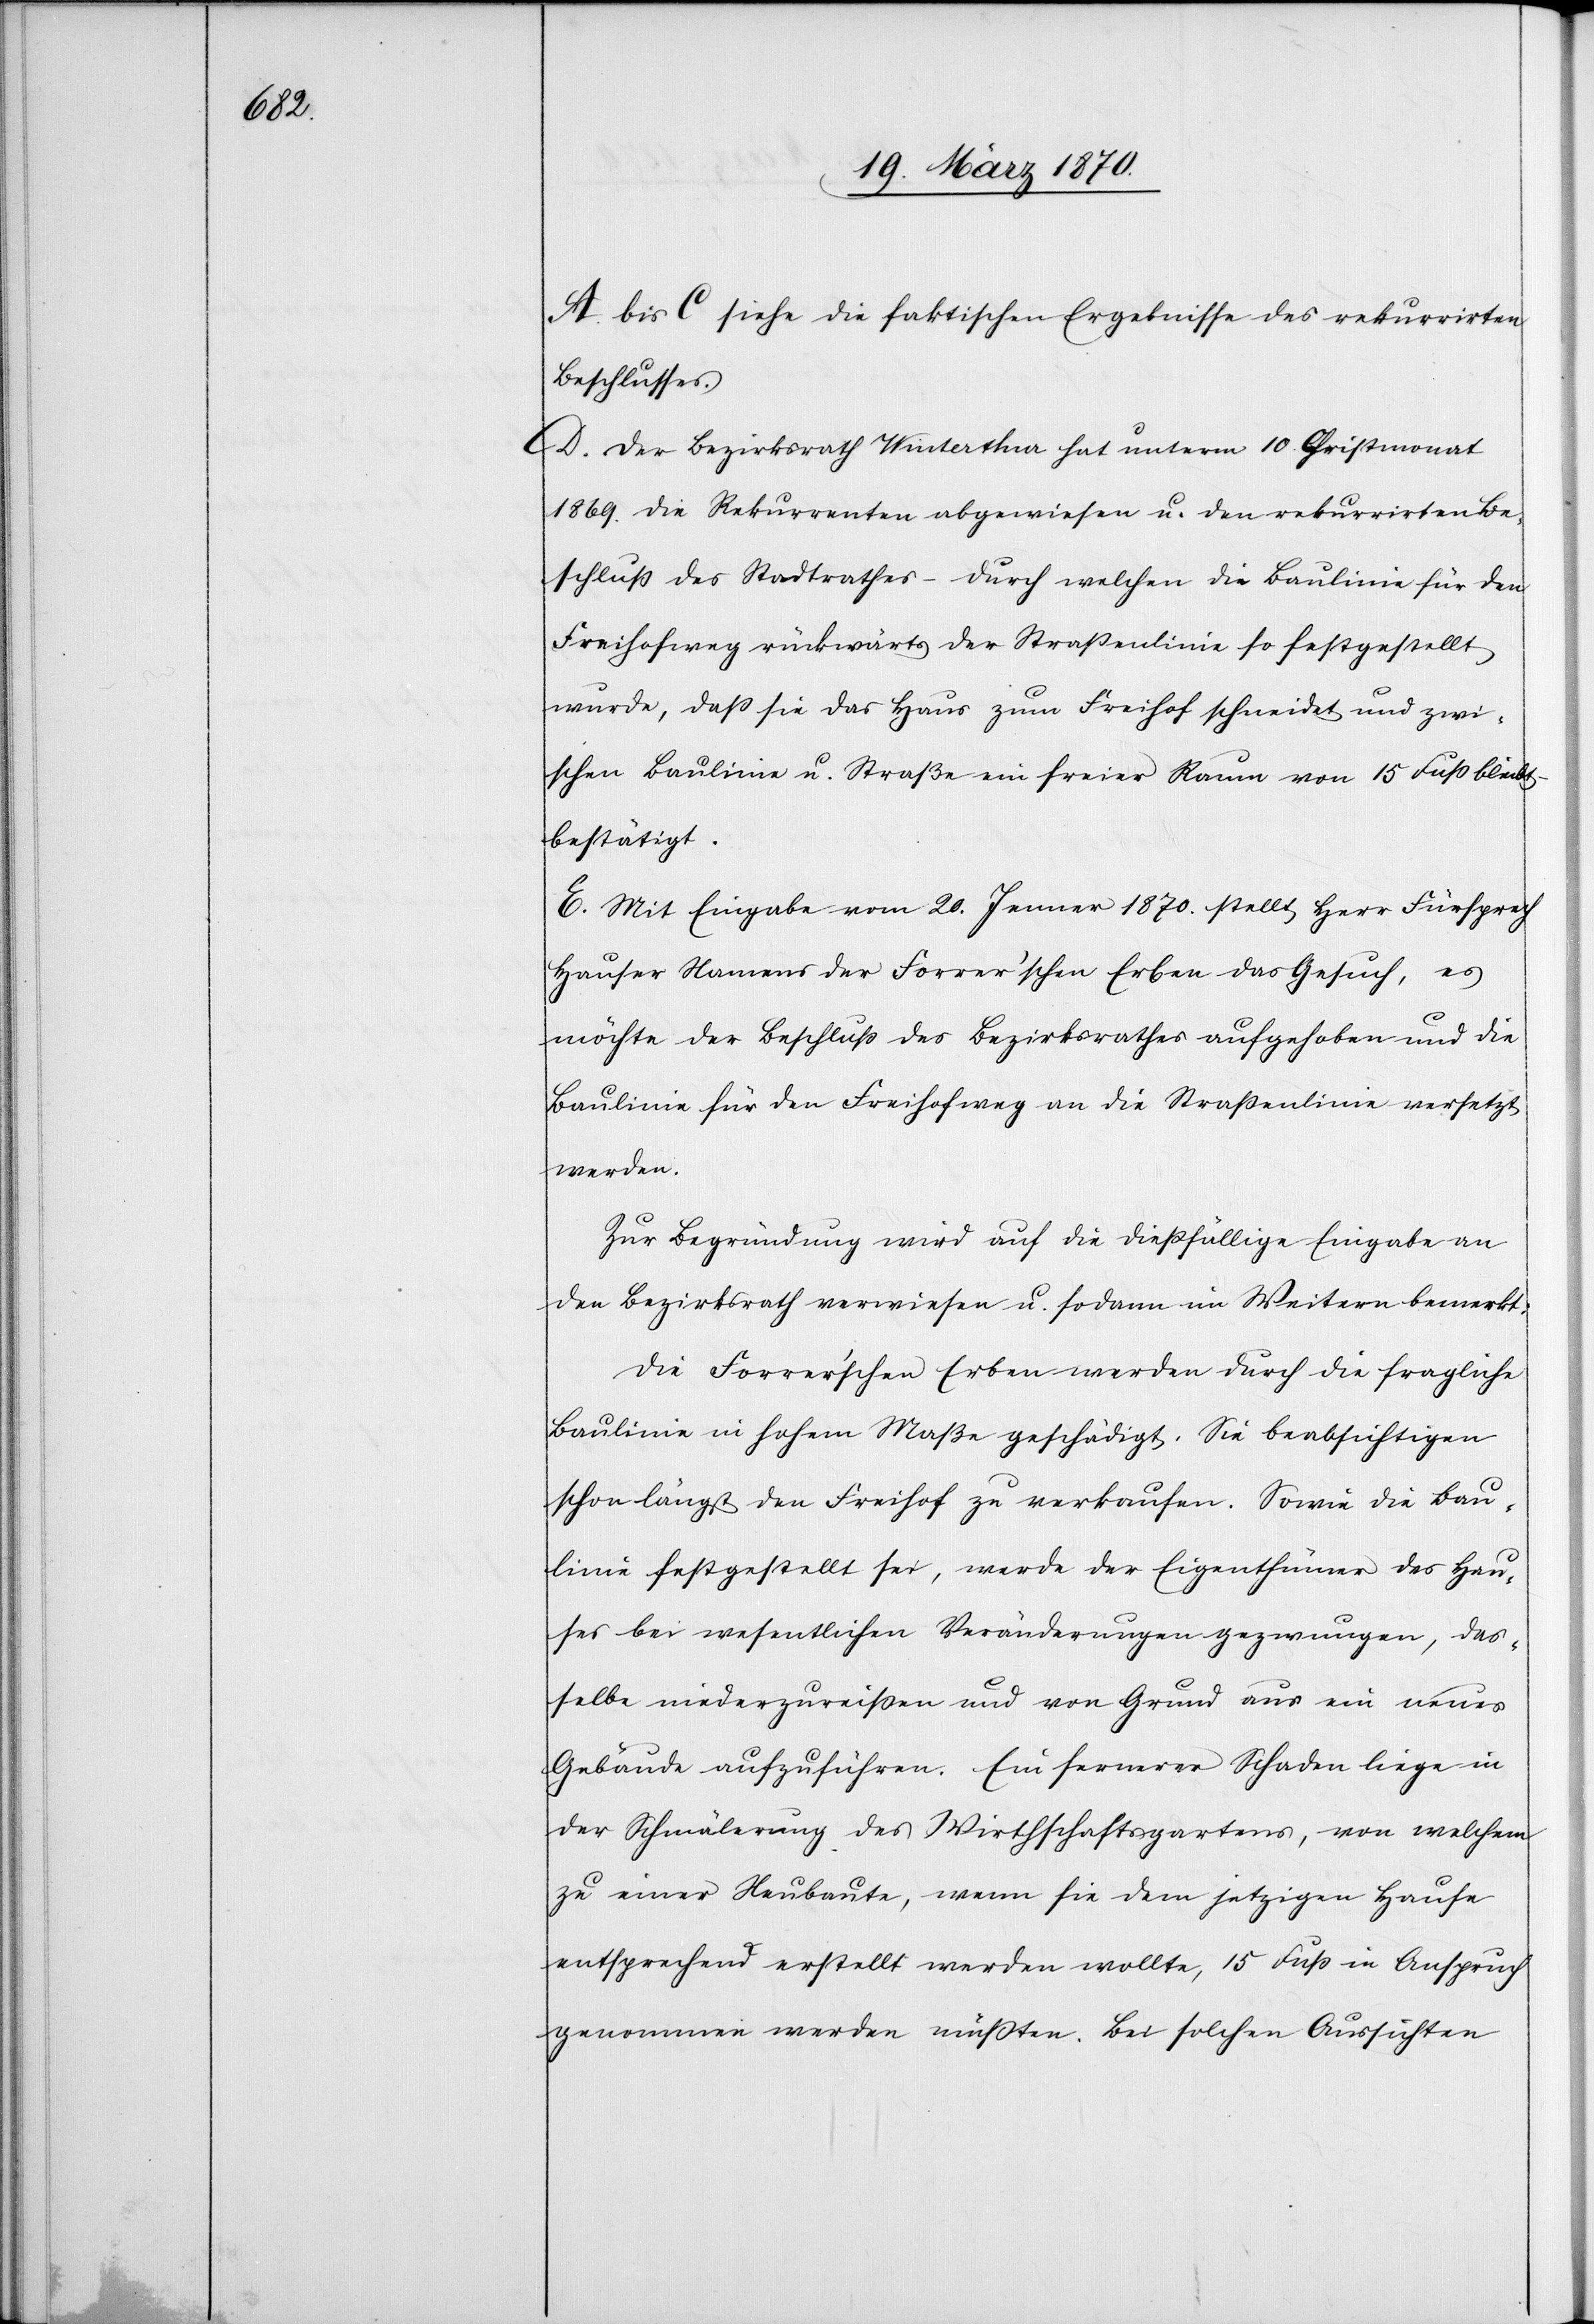
A. bis C siehe die faktischen Ergebnisse des rekurrirten
Beschlusses.
D. Der Bezirksrath Winterthur hat unterm 10. Christmonat
1869. die Rekurrenten abgewiesen u. den rekurrirten Be¬
schluß des Stadtrathes – durch welchen die Baulinie für den
Freihofweg rückwärts der Straßenlinie so festgestellt
wurde, daß sie das Haus zum Freihof schneidet und zwi¬
schen Baulinie u. Straße ein freier Raum von 15 Fuß bleibt
bestätigt.
E. Mit Eingabe vom 20. Jenner 1870. stellt Herr Fürsprech
Hauser Namens der Forrer’schen Erben das Gesuch, es
möchte der Beschluß des Bezirksrathes aufgehoben und die
Baulinie für den Freihofweg an die Straßenlinie versetzt
werden.
Zu Begründung wird auf die dießfällige Eingabe an
die Bezirksrath verwiesen u. sodann im Weitern bemerkt:
Die Forrer’schen Erben werden durch die fragliche
Baulinie in hohem Maße geschädigt. Sie beabsichtigen
schon längst den Freihof zu verkaufen. Sowie die Bau¬
linie festgestellt sei, werde der Eigenthümer des Hau¬
ses bei wesentlichen Veränderungen gezwungen, das¬
selbe niederzureißen und von Grund aus ein neues
Gebäude aufzuführen. Ein fernerer Schaden liege in
der Schmälerung des Wirthschaftsgartens, von welchem
zu einer Neubaute, wenn sie dem jetzigen Hause
entsprechend erstellt werden wollte, 15 Fuß in Anspruch
genommen werden müßten. Bei solchen Aussichten